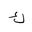
Letter: _kaf